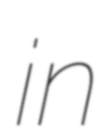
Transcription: in